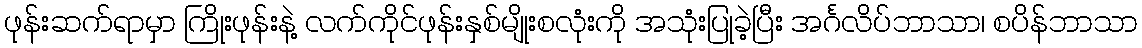
ဖုန်းဆက်ရာမှာ ကြိုးဖုန်းနဲ့ လက်ကိုင်ဖုန်းနှစ်မျိုးစလုံးကို အသုံးပြုခဲ့ပြီး အင်္ဂလိပ်ဘာသာ၊ စပိန်ဘာသာ